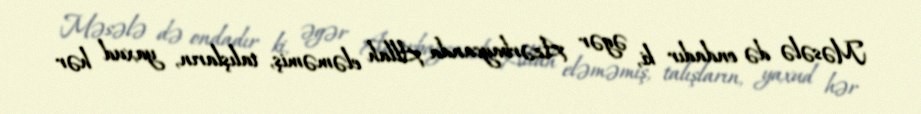
Məsələ də ondadır ki, əgər Azərbaycanda Allah eləməmiş, talışların, yaxud hər